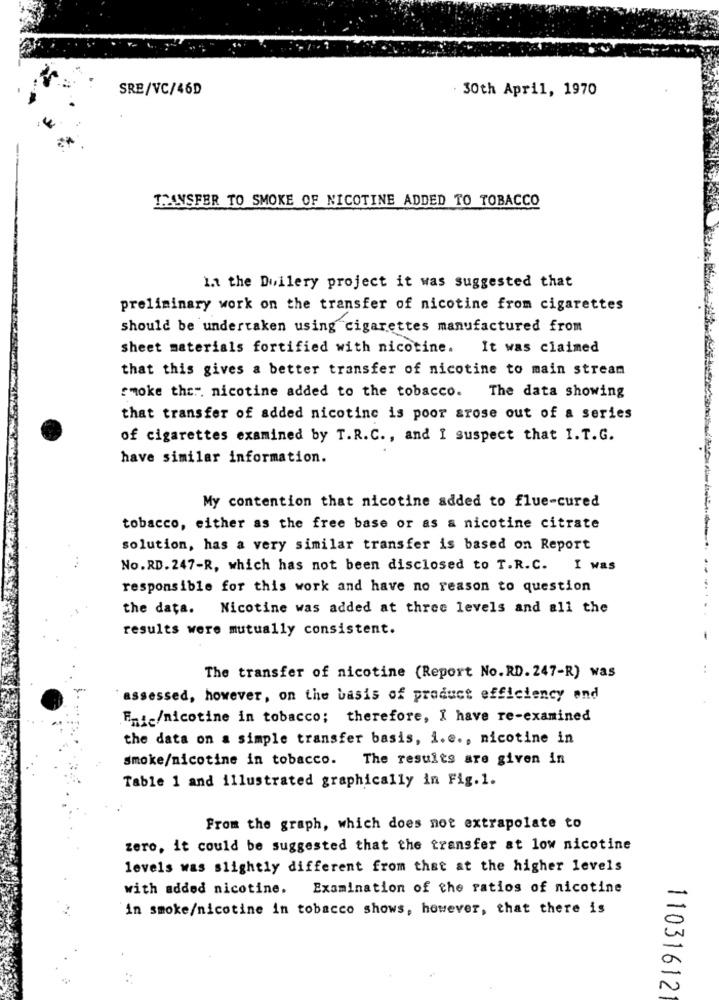
SRE/VC/46D
30th April, 1970
TRANSFER TO SMOKE OF NICOTINE ADDED TO TOBACCO
1.1 the Duilery project it was suggested that
preliminary work on the transfer of nicotine from cigarettes
should be undertaken using cigarettes manufactured from
sheet materials fortified with nicotine. It was claimed
that this gives a better transfer of nicotine to main stream
smoke the". nicotine added to the tobacco. The data showing
that transfer of added nicotine is poor arose out of a series
of cigarettes examined by T.R.C ., and I suspect that I. T.G.
have similar information.
My contention that nicotine added to flue-cured
tobacco, either as the free base or as a nicotine citrate
solution, has a very similar transfer is based on Report
No.RD. 247-R, which has not been disclosed to T.R.C. I was
responsible for this work and have no reason to question
the data.
Nicotine was added at three levels and all the
results were mutually consistent.
The transfer of nicotine (Report No.RD. 247-R) was
assessed, however, on the basis of product efficiency and
Enic/nicotine in tobacco; therefore, I have re-examined
the data on a simple transfer basis, i.e ., nicotine in
smoke/nicotine in tobacco. The results are given in
Table 1 and illustrated graphically in Fig.1.
From the graph, which does not extrapolate to
zero, it could be suggested that the transfer at low nicotine
levels was slightly different from that at the higher levels
with added nicotine.
Examination of the ratios of nicotine
in smoke/nicotine in tobacco shows, however, that there is
11031612